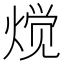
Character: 𱫩